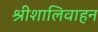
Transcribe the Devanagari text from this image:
श्रीशालिवाहन